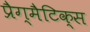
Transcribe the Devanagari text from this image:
प्रैग्मैटिक्स